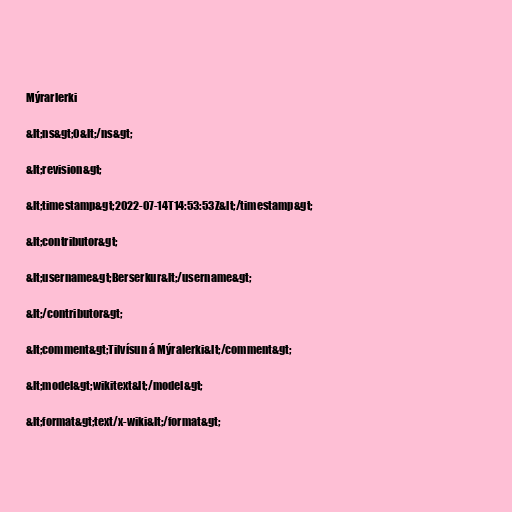
Mýrarlerki

&lt;ns&gt;0&lt;/ns&gt;

&lt;revision&gt;

&lt;timestamp&gt;2022-07-14T14:53:53Z&lt;/timestamp&gt;

&lt;contributor&gt;

&lt;username&gt;Berserkur&lt;/username&gt;

&lt;/contributor&gt;

&lt;comment&gt;Tilvísun á Mýralerki&lt;/comment&gt;

&lt;model&gt;wikitext&lt;/model&gt;

&lt;format&gt;text/x-wiki&lt;/format&gt;